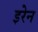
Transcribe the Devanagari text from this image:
इरेन